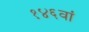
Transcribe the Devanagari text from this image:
१४६वां